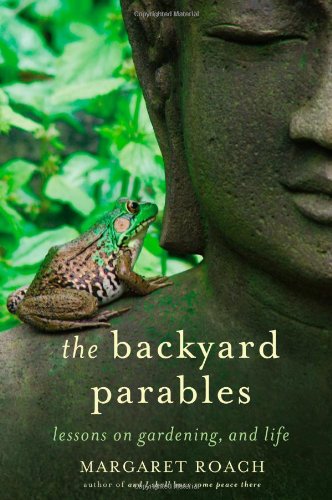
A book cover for The Backyard Parables: Lessons on Gardening, and Life; Margaret Roach; Crafts, Hobbies & Home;